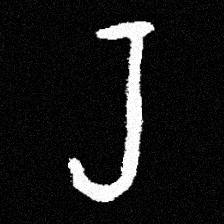
Pyu character \u2014 Myanmar letter: ရ (romanized: ra)